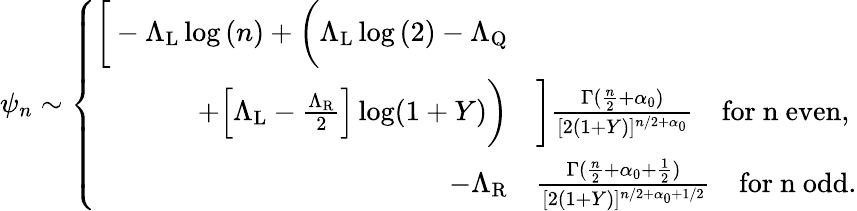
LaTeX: \psi_{n}\sim\left\{ \begin{array}{rl}{\bigg[-\Lambda_{\mathrm{L}}\log{(n)}+\bigg(\Lambda_{\mathrm{L}}\log{(2)}-\Lambda_{\mathrm{Q}}}&{}\\ {+\Big[\Lambda_{\mathrm{L}}-\frac{\Lambda_{\mathrm{R}}}{2}\Big]\log(1+Y)\bigg)}&{\bigg]\frac{\Gamma(\frac{n}{2}+\alpha_{0})}{[2(1+Y)]^{n/2+\alpha_{0}}}\quad\mathrm{for~n~even},}\\ {-\Lambda_{\mathrm{R}}}&{\frac{\Gamma(\frac{n}{2}+{\alpha_{0}+\frac{1}{2}})}{[2(1+Y)]^{n/2+{\alpha_{0}+1/2}}}\quad\mathrm{for~n~odd}.}\end{array}\right.